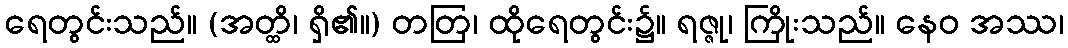
ရေတွင်းသည်။ (အတ္ထိ၊ ရှိ၏။) တတြ၊ ထိုရေတွင်း၌။ ရဇ္ဇု၊ ကြိုးသည်။ နေဝ အဿ၊